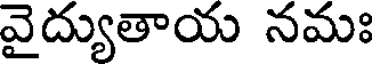
వైద్యుతాయ నమః